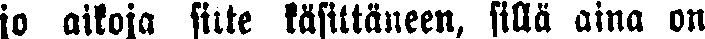
jo aikoja sitte käsittäneen, sillä aina on